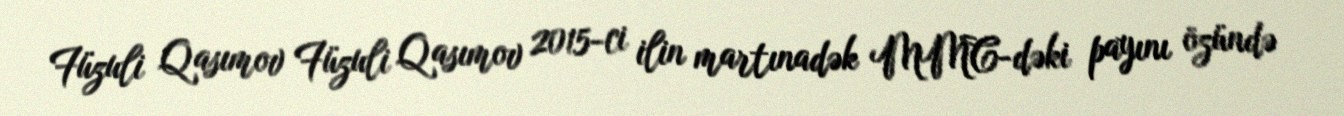
Füzuli Qasımov Füzuli Qasımov 2015-ci ilin martınadək MMC-dəki payını özündə